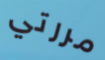
مررتي